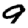
Digit: 9